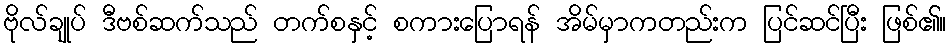
ဗိုလ်ချုပ် ဒီဗစ်ဆက်သည် တက်စနှင့် စကားပြောရန် အိမ်မှာကတည်းက ပြင်ဆင်ပြီး ဖြစ်၏။